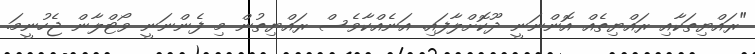
"ރައްޔިތަކާއި ރައްޔިތެއް އޮންނަނީ ދޫކޮށްލާފައި. އަނެއްކާވެސް ރައްޔިތުން މި ފެންނަނީ ވޯޓްލާން ޖެހުނީމަ.